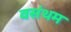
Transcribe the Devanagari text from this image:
वसंथम